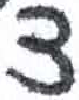
אות: צ